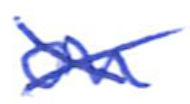
Text: on
Cross-out: cross
Writing tool: ballpoint